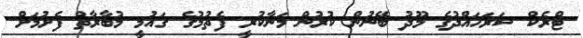
ޓްރެކް ސަރަހައްދުގެ މޫދު ބޭނުން ކުރުން މަނާކުރީ ފެތުމުގެ ގައުމީ މުބާރާތް ފެށުމަށް